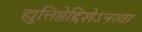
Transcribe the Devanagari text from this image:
ह्युत्तिष्ठेद्दिशेऽनत्वा